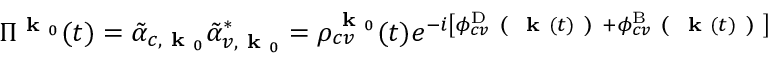
\Pi ^ { \textbf { k } _ { 0 } } ( t ) = \tilde { \alpha } _ { c , \textbf { k } _ { 0 } } \tilde { \alpha } _ { v , \textbf { k } _ { 0 } } ^ { * } = \rho _ { c v } ^ { \textbf { k } _ { 0 } } ( t ) e ^ { - i \left[ \phi _ { c v } ^ { \mathrm { D } } \textbf { ( } \textbf { k } ( t ) \textbf { ) } + \phi _ { c v } ^ { \mathrm { B } } \textbf { ( } \textbf { k } ( t ) \textbf { ) } \right] }